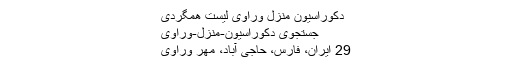
دکوراسیون منزل وراوی لیست همگردی
جستجوی دکوراسیون-منزل-وراوی
29 ایران، فارس، حاجی آباد، مهر وراوی